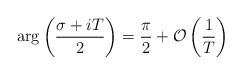
LaTeX: \begin{align*} \arg\left(\frac{\sigma+iT}{2}\right)=\frac{\pi}{2}+ \mathcal{O}\left(\frac{1}{T}\right) \end{align*}